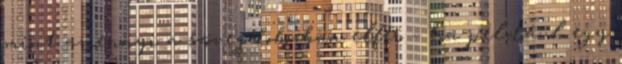
mint amennyi a szövegdobozban elfér – ha például egy